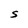
Character: S